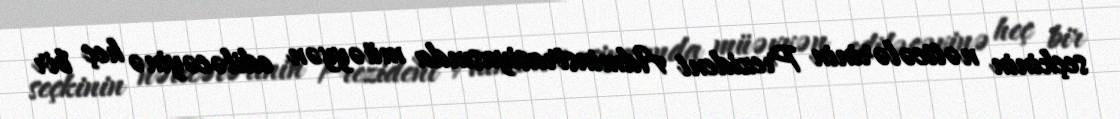
seçkinin nəticələrinin Prezident Adminstrasiyasında müəyyən ediləcəyinə heç bir